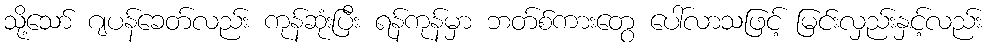
သို့သော် ဂျပန်ခေတ်လည်း ကုန်ဆုံးပြီး ရန်ကုန်မှာ ဘတ်စ်ကားတွေ ပေါ်လာသဖြင့် မြင်းလှည်းနှင့်လည်း